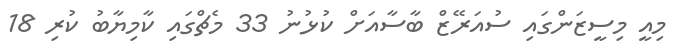
މިއީ މިސީޒަންގައި ސުއަރޭޒް ބާސާއަށް ކުޅުނު 33 މެޗްގައި ކާމިޔާބު ކުރި 18